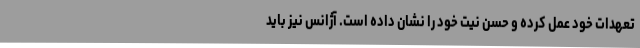
تعهدات خود عمل کرده و حسن نیت خود را نشان داده است. آژانس نیز باید